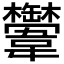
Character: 𩏴